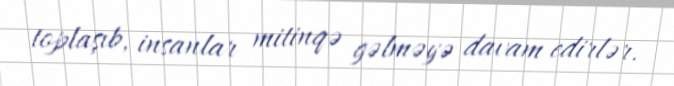
toplaşıb, insanlar mitinqə gəlməyə davam edirlər.